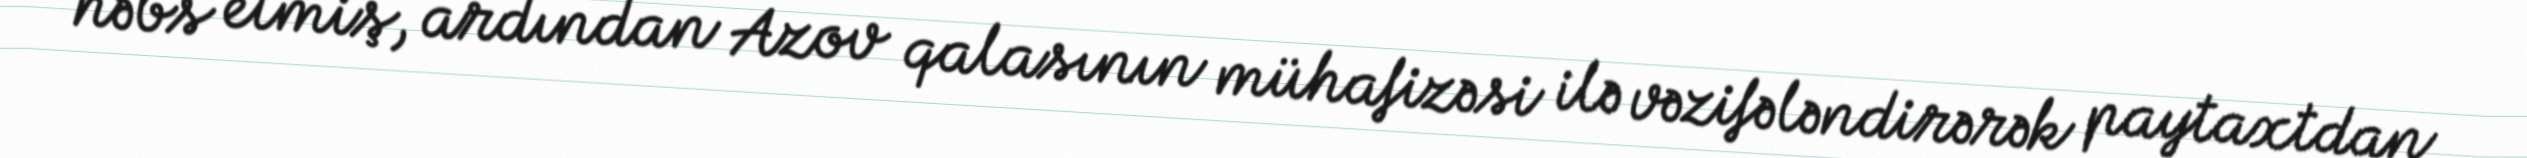
həbs etmiş, ardından Azov qalasının mühafizəsi ilə vəzifələndirərək paytaxtdan